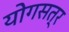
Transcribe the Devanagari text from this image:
योगसत्र